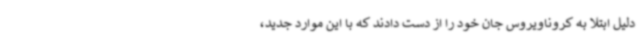
دلیل ابتلا به کروناویروس جان خود را از دست دادند که با این موارد جدید،